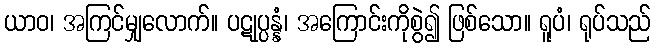
ယာဝ၊ အကြင်မျှလောက်။ ပဋုပ္ပန္နံ၊ အကြောင်းကိုစွဲ၍ ဖြစ်သော။ ရူပံ၊ ရုပ်သည်